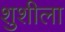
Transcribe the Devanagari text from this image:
शुशीला